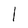
Character: 1